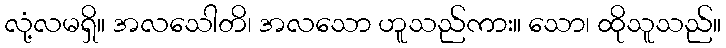
လုံ့လမရှိ။ အလသေါတိ၊ အလသော ဟူသည်ကား။ သော၊ ထိုသူသည်။